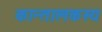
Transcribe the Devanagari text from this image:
कान्तालकस्य